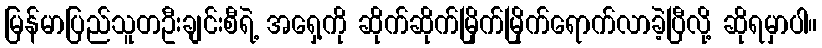
မြန်မာပြည်သူတဦးချင်းစီရဲ့ အရှေ့ကို ဆိုက်ဆိုက်မြိုက်မြိုက်ရောက်လာခဲ့ပြီလို့ ဆိုရမှာပါ။